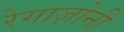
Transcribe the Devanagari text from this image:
रेगाज़ोनी